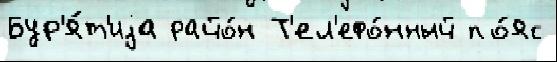
Бур'я́т'иjа райо́н Т'ел'ефо́нный по́яс